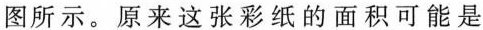
图所示。原来这张彩纸的面积可能是